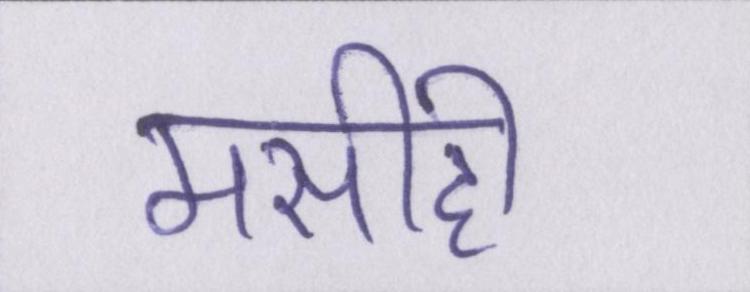
मसीही